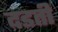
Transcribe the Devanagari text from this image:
दडती